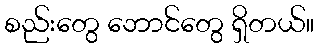
စည်းတွေ ဘောင်တွေ ရှိတယ်။